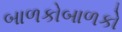
બાળકોબાળકો